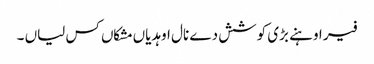
فیر اوہنے بڑی کوشش دے نال اوہدیاں مشکاں کس لیاں ۔